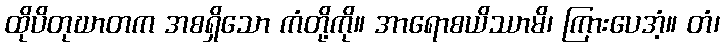
ထိုပိတုဃာတက အစရှိသော ကံတို့ကို။ အာရောစယိဿာမိ၊ ကြားပေအံ့။ တံ၊